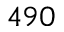
4 9 0